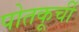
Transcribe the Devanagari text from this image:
पोतकूर्ची